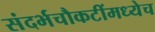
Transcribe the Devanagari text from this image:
संदर्भचौकटींमध्येच